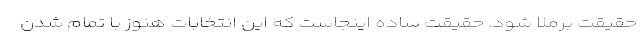
حقیقت برملا شود. حقیقت ساده اینجاست که این انتخابات هنوز با تمام شدن